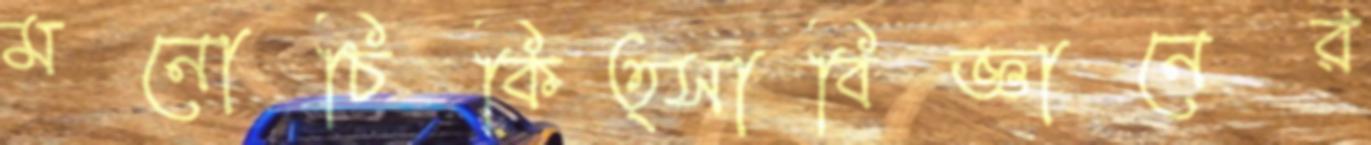
মনোচিকিত্সাবিজ্ঞানের